Problem: 6 × 7 = ?
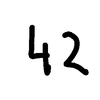
Handwritten answer: 42